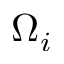
\Omega _ { i }